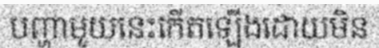
បញ្ហាមួយនេះកើតឡើងដោយមិន